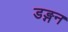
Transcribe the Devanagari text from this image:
डङ्गन